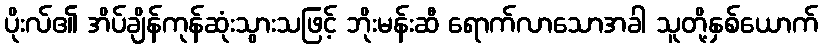
ပိုးလ်၏ အိပ်ချိန်ကုန်ဆုံးသွားသဖြင့် ဘိုးမန်းဆီ ရောက်လာသောအခါ သူတို့နှစ်ယောက်